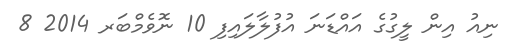
ނިއު އިން ލީގުގެ އައްޑަނަ އުފުލާލައިފި 10 ނޮވެމްބަރ 2014 8